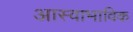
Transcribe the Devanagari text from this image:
आस्वाभाविक